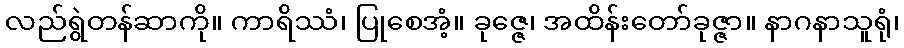
လည်ရွဲတန်ဆာကို။ ကာရိဿံ၊ ပြုစေအံ့။ ခုဇ္ဇေ၊ အထိန်းတော်ခုဇ္ဇာ။ နာဂနာသူရုံ၊